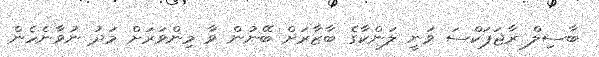
ބާސިލް ރާޖަޕަކްސަ ވަނީ ލަންކާގެ ބާޒާރަށް ބޭނުން ވާ މިންވަރަށް މަދު ނުވާނެހެން